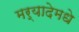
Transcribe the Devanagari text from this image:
मर्यादेमधे